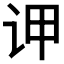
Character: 𲂆